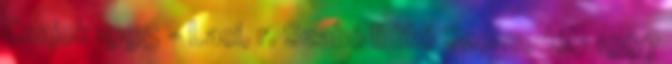
Csajok 1995 - Laci, r. Szabó Ildikó Szenvedély 1997